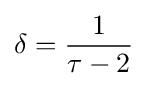
\delta ={\frac {1}{\tau -2}}\,\!